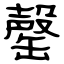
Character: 罄